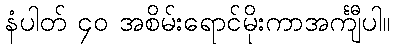
နံပါတ် ၄၀ အစိမ်းရောင်မိုးကာအင်္ကျီပါ။